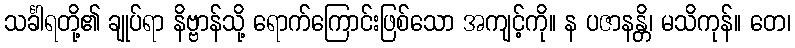
သင်္ခါရတို့၏ ချုပ်ရာ နိဗ္ဗာန်သို့ ရောက်ကြောင်းဖြစ်သော အကျင့်ကို။ န ပဇာနန္တိ၊ မသိကုန်။ တေ၊